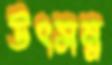
উৎসন্ন